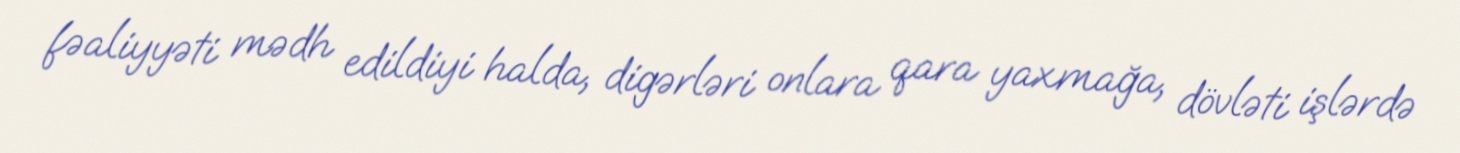
fəaliyyəti mədh edildiyi halda, digərləri onlara qara yaxmağa, dövləti işlərdə